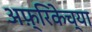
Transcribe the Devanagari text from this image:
अफ़्रिकेच्या